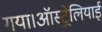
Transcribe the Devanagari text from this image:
गया।ऑस्ट्रेलियाई